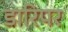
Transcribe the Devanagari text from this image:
डारिपर